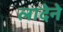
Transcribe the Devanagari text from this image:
लादेने